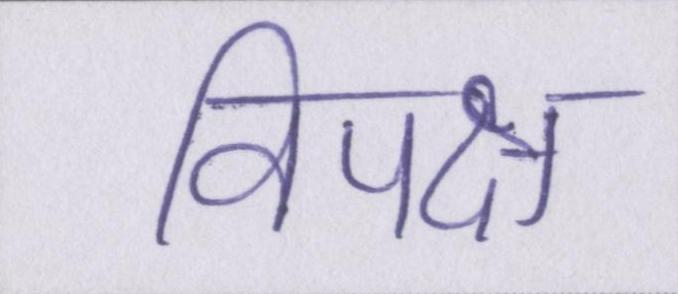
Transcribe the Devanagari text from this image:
विपक्ष